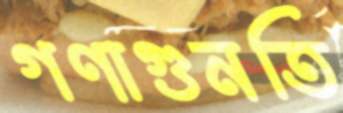
গণাগুনতি